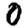
Digit: 0